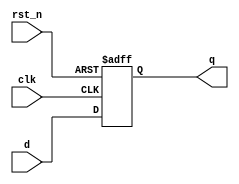
module d_flip_flop (
    input wire clk,          // Clock input
    input wire rst_n,       // Active low reset
    input wire d,           // Data input
    output reg q            // Data output
);

// Behavioral description using @ (event) for event-driven execution
always @(posedge clk or negedge rst_n) begin
    if (!rst_n) begin
        // Asynchronous reset
        q <= 1'b0;          // Reset output to 0
    end else begin
        // On rising edge of clock
        q <= d;            // Transfer data input to output
    end
end

// Initial block to set initial conditions
initial begin
    q = 1'b0;               // Initialize output to 0
end

endmodule